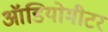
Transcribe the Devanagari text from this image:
ऑडियोमीटर